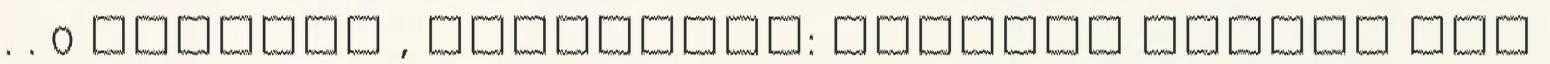
. . 0 komment , kategória: Jobbágy Károly AKW